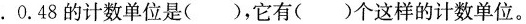
.0.48的计数单位是( )，它有( )个这样的计数单位。